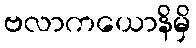
ဗလာကယောနိမှိ